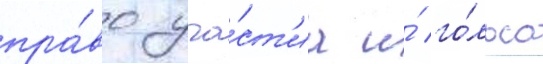
пра́во уча́ст'иа и́ го́лоса